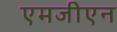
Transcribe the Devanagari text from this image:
एमजीएन